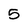
Character: 5